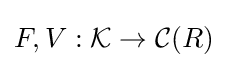
F,V:{\mathcal {K}}\to {\mathcal {C}}(R)